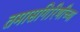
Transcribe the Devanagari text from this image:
तमासगिरिणीच्या